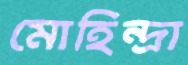
মোহিন্দ্রা